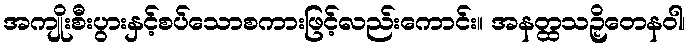
အကျိုးစီးပွားနှင့်စပ်သောစကားဖြင့်လည်းကောင်း။ အနတ္ထသဉှိတေနဝါ၊